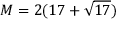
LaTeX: M = 2 ( 1 7 + { \sqrt { 1 7 } } )